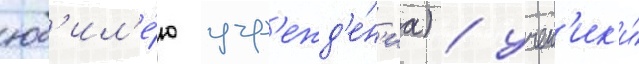
юб'ил'е́ю учр'ежд'е́н'иа) / учен'ик'и́